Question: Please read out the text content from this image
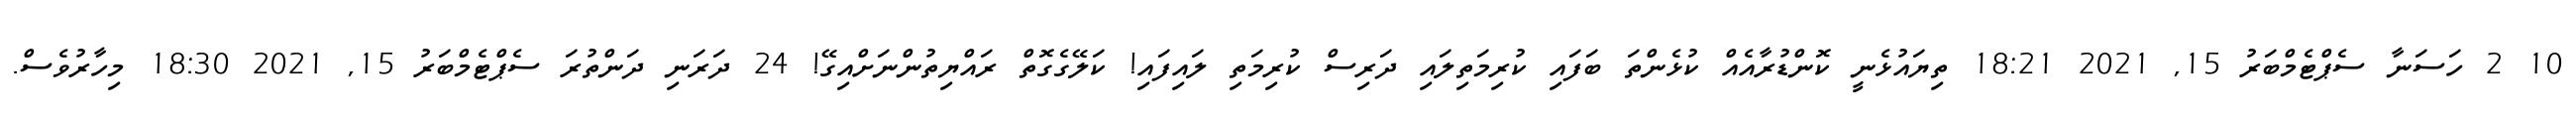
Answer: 10 2 ހަސަނާ ސެޕްޓެމްބަރު 15, 2021 18:21 ތިޔައުޅެނީ ކޮންޑުރާއެއް ކުޅެންތަ ބަފައި ކުރިމަތިލައި ދަރިސް ކުރިމަތި ލައިފައި! ކަލޭގެގޮތް ރައްޔިތުންނަށްއިގޭ! 24 ދަރަނި ދަންތުރަ ސެޕްޓެމްބަރު 15, 2021 18:30 މިހާރުވެސް.